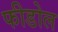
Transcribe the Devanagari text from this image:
फीडोल